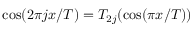
\cos ( 2 \pi j x / T ) = { \cal T } _ { 2 j } ( \cos ( \pi x / T ) )